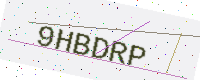
Text: 9HBDRP